Indian journal of veterinary science and animal husbandry - Volume 1,
Year: 1931
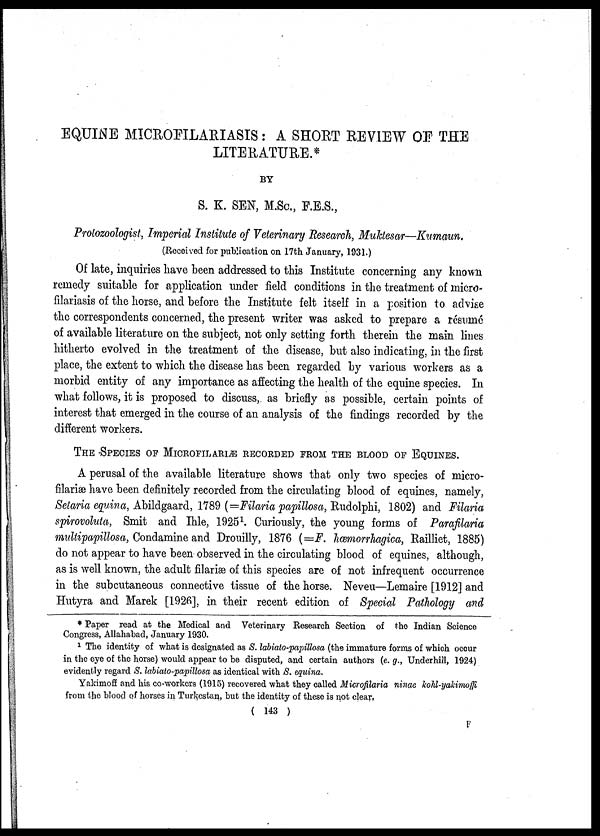
EQUINE MICROFILARIASIS: A SHORT REVIEW OF THE
LITERATURE.*
BY
S. K. SEN, M.Sc., F.E.S.,
Protozoologist, Imperial Institute of Veterinary Research, Muktesar—Kumaun.
(Received for publication on 17th January, 1931.)
Of late, inquiries have been addressed to this Institute concerning any known
remedy suitable for application under field conditions in the treatment of micro-
filariasis of the horse, and before the Institute felt itself in a position to advise
the correspondents concerned, the present writer was asked to prepare a résumé
of available literature on the subject, not only setting forth therein the main lines
hitherto evolved in the treatment of the disease, but also indicating, in the first
place, the extent to which the disease has been regarded by various workers as a
morbid entity of any importance as affecting the health of the equine species. In
what follows, it is proposed to discuss, as briefly as possible, certain points of
interest that emerged in the course of an analysis of the findings recorded by the
different workers.
THE SPECIES OF MICROFILARIÆ RECORDED FROM THE BLOOD OF EQUINES.
A perusal of the available literature shows that only two species of micro-
filariæ have been definitely recorded from the circulating blood of equines, namely,
Setaria equina, Abildgaard, 1789 (=Filaria papillosa, Rudolphi, 1802) and Filaria
spirovoluta, Smit and Ihle, 1925 1 . Curiously, the young forms of Parafilaria
multipapillosa, Condamine and Drouilly, 1876 (=F. hœmorrhagica, Railliet, 1885)
do not appear to have been observed in the circulating blood of equines, although,
as is well known, the adult filariæ of this species are of not infrequent occurrence
in the subcutaneous connective tissue of the horse. Neveu—Lemaire [1912] and
Hutyra and Marek [1926], in their recent edition of Special Pathology and
* Paper read at the Medical and Veterinary Research Section of the Indian Science
Congress, Allahabad, January 1930.
1 The identity of what is designated as S. labiato-papillosa (the immature forms of which occur
in the eye of the horse) would appear to be disputed, and certain authors (e. g., Underhill, 1924)
evidently regard S. labiato-papillosa as identical with S. equina.
Yakimoff and his co-workers (1915) recovered what they called Microfilaria ninac kohl-yakimoffi
from the blood of horses in Turkestan, but the identity of these is not clear.
( 143 )
F